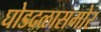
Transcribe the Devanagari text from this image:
घोडदळासमोर